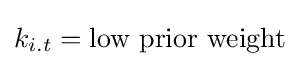
k_{i.t}={\text{low prior weight}}